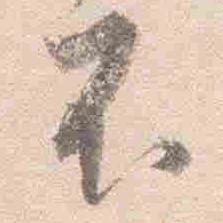
不